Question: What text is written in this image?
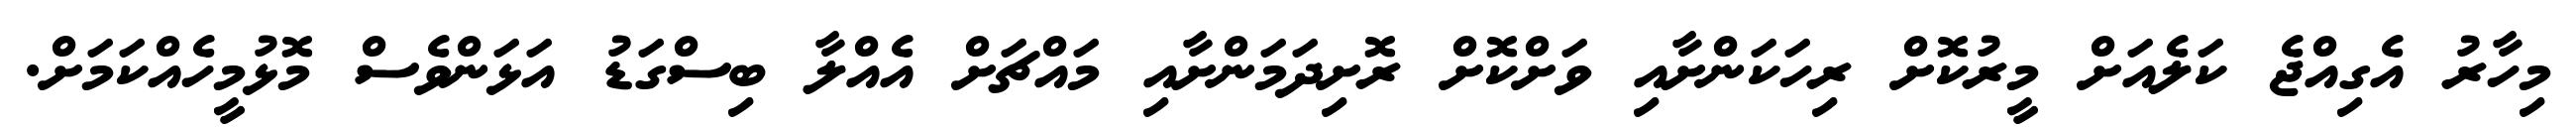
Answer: މިހާރު އެގިއްޖެ ކަލެއަށް މީރުކޮށް ރިހަކަންށާއި ވަށްކޮށް ރޮށިދަމަންށާއި މައްޗަށް އެއްލާ ބިސްގަޑު އަޅަންވެސް މޮޅުމީހެއްކަމަށް.